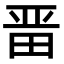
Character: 𭻍